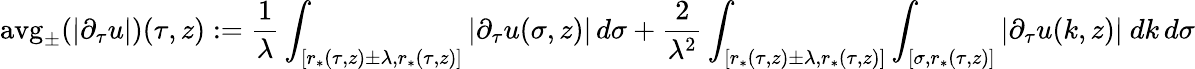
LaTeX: \textup{avg}_{\pm}(|\partial_{\tau}u|)(\tau,z):=\frac{1}{\lambda}\int_{[r_{*}(\tau,z)\pm\lambda,r_{*}(\tau,z)]}|\partial_{\tau}u(\sigma,z)|\, d\sigma+\frac{2}{\lambda^{2}}\int_{[r_{*}(\tau,z)\pm\lambda,r_{*}(\tau,z)]}\int_{[\sigma,r_{*}(\tau,z)]}|\partial_{\tau}u(k,z)|\ dk\, d\sigma